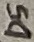
Text: D5